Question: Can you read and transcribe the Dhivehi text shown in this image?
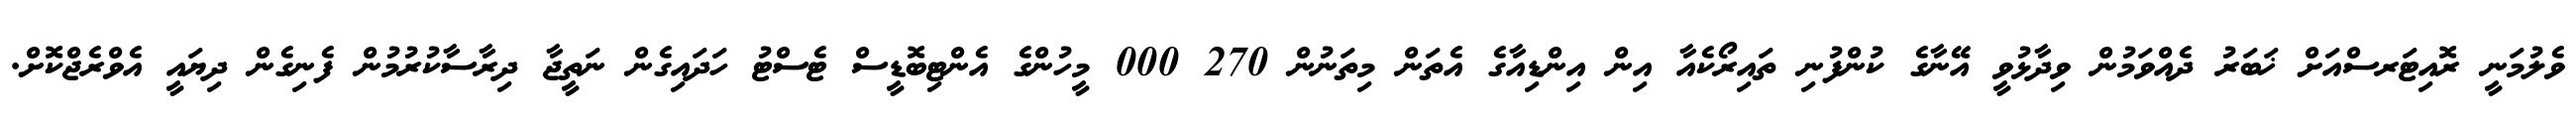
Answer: ވެލުމަނީ ރޮއިޓަރސްއަށް ޚަބަރު ދެއްވަމުން ވިދާޅުވީ އޭނާގެ ކުންފުނި ތައިރޯކެއާ އިން އިންޑިއާގެ އެތަން މިތަނުން 270 000 މީހުންގެ އެންޓިބޮޑީސް ޓެސްޓު ހަދައިގެން ނަތީޖާ ދިރާސާކުރުމުން ފެނިގެން ދިޔައީ އެވްރެޖްކޮށް.